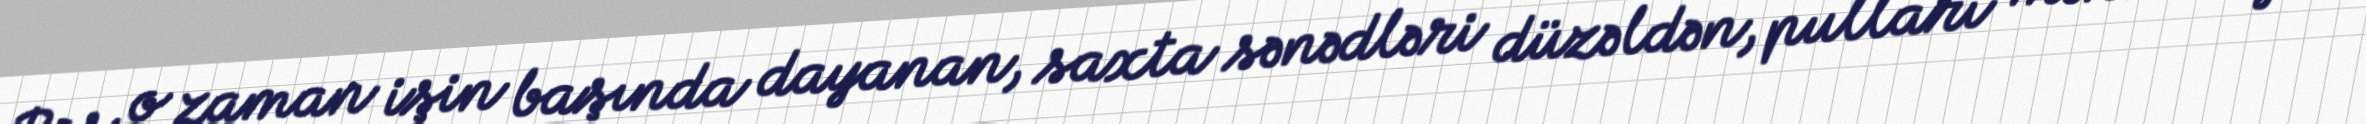
Bəs o zaman işin başında dayanan, saxta sənədləri düzəldən, pulları mənimsəyən